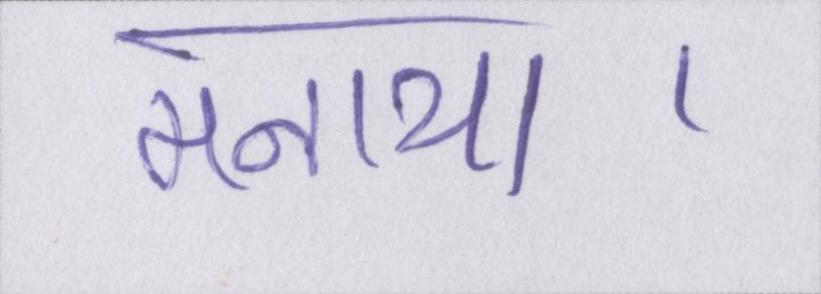
मनाया।